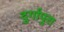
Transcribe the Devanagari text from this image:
दुर्गापुरा